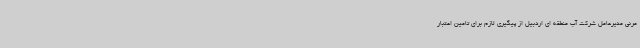
مرنی مدیرعامل شرکت آب منطقه ای اردبیل از پیگیری لازم برای تامین اعتبار